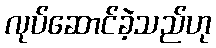
လုပ်ဆောင်ခဲ့သည်ဟု